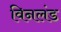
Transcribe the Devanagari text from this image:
विनलंड